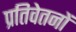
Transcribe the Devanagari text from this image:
प्रतिवेतनों